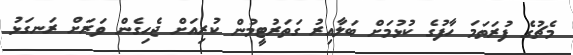
މެޗުގެ ފުރަތަމަ ހާފުގެ ކުޅުމަށް ބަލާއިރު ގަތަރުޓީމުން ކުރިއަށް ޖެހިގެން ވަރަށް ރަނގަޅު